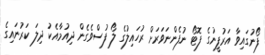
ފޯނުގައިވާ އަރުފީނުގެ ފޮޓޯ ނުފެންނަވަރަށް ރުހައިލުގެ ލޯ ފުސްވެގެން ދިއުމާއެކު ދިލަ ކަރުނައިގެ